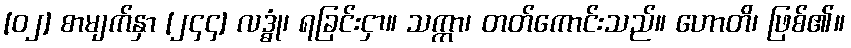
[၀၂] စာမျက်နှာ [၂၄၄] လဒ္ဓုံ၊ ရခြင်းငှာ။ သက္ကာ၊ တတ်ကောင်းသည်။ ဟောတိ၊ ဖြစ်၏။